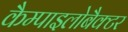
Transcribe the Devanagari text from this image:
कैम्पाइलोबैक्टर